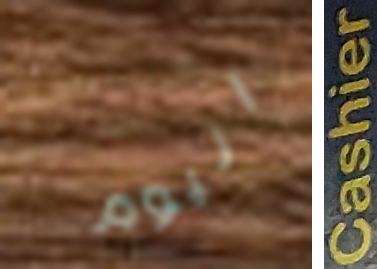
اليوم Cashier